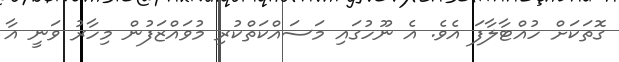
ގޮތަކަށް ހުއްޓާލާފަ އެވެ. އެ ނޫހުގައި މަސައްކަތްކުރި މުވައްޒަފުން މިހާރު ވަނީ އާ